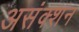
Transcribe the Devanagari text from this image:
असंक्शन